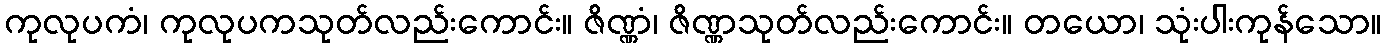
ကုလုပကံ၊ ကုလုပကသုတ်လည်းကောင်း။ ဇိဏ္ဏံ၊ ဇိဏ္ဏသုတ်လည်းကောင်း။ တယော၊ သုံးပါးကုန်သော။